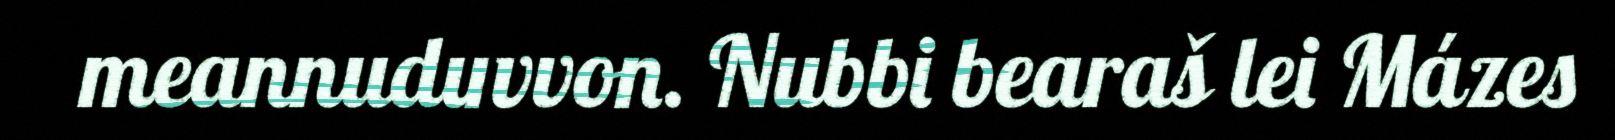
meannuduvvon. Nubbi bearaš lei Mázes